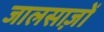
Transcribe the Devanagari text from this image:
जालसाज़ों